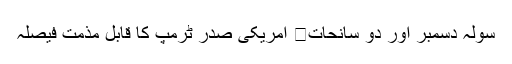
سولہ دسمبر اور دو سانحات	 امریکی صدر ٹرمپ کا قابل مذمت فیصلہ